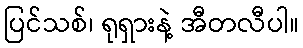
ပြင်သစ်၊ ရုရှားနဲ့ အီတလီပါ။